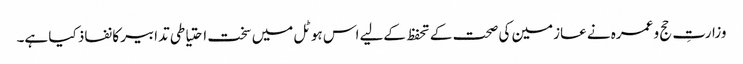
وزارتِ حج و عمرہ نے عازمین کی صحت کے تحفظ کےلیے اس ہوٹل میں سخت احتیاطی تدابیر کا نفاذ کیا ہے۔